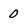
Character: 0